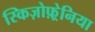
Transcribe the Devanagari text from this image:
स्किज़ोफ़्रेनिया